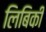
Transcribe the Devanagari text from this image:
लिबिकी